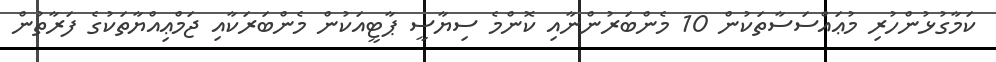
ކަމާގުޅުންހުރި މުޢައްސަސާތަކުން 10 މެންބަރުންނާއި ކޮންމެ ސިޔާސީ ޕާޓީއަކުން މެންބަރަކާއި ޖަމްޢިއްޔާތަކުގެ ފަރާތުން